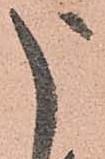
申